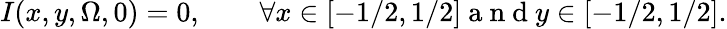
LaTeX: I(x,y,\Omega,0)=0,\qquad\forall x\in[-1/2,1/2]\mathrm{~a~n~d~}y\in[-1/2,1/2].